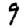
Digit: 9